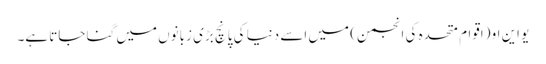
یو این او (اقوام متحدہ کی انجمن) میں اسے دنیا کی پانچ بڑی زبانوں میں گنا جاتا ہے۔